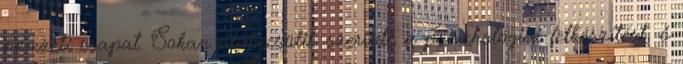
nemzeti csapat. Sokan alábecsülik szerinte a pszichológiai felkészítést, ő